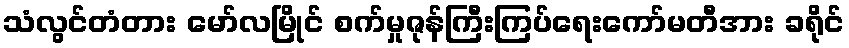
သံလွင်တံတား မော်လမြိုင် စက်မှုဇုန်ကြီးကြပ်ရေးကော်မတီအား ခရိုင်